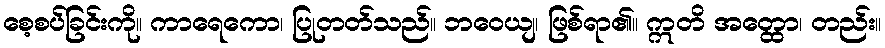
စေ့စပ်ခြင်းကို။ ကာရေကော၊ ပြုတတ်သည်။ ဘဝေယျ၊ ဖြစ်ရာ၏။ ဣတိ အတ္ထော၊ တည်း။